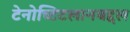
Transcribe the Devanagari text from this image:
टेनोच्टिटलानबद्दल